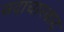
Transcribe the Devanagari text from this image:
सदाचारवाद